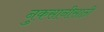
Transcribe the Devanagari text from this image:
नुकसानीसाठी